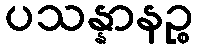
ပသန္နာနဉ္စ